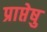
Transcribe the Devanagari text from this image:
प्राप्तेषु